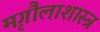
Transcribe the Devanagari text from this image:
मृगौलाशास्त्र